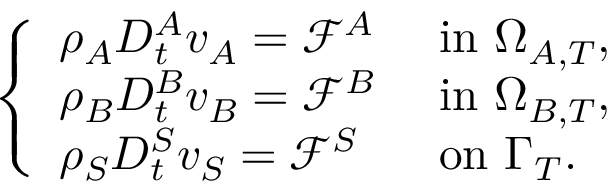
\left\{ \begin{array} { l l } { \rho _ { A } D _ { t } ^ { A } v _ { A } = \mathcal { F } ^ { A } } & { \mathrm { ~ i n ~ } \Omega _ { A , T } , } \\ { \rho _ { B } D _ { t } ^ { B } v _ { B } = \mathcal { F } ^ { B } } & { \mathrm { ~ i n ~ } \Omega _ { B , T } , } \\ { \rho _ { S } D _ { t } ^ { S } v _ { S } = \mathcal { F } ^ { S } } & { \mathrm { ~ o n ~ } \Gamma _ { T } . } \end{array} \right.